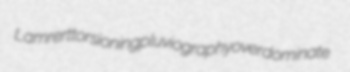
Lamrert torsioning pluviography overdominate